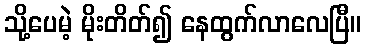
သို့ပေမဲ့ မိုးတိတ်၍ နေထွက်လာလေပြီ။